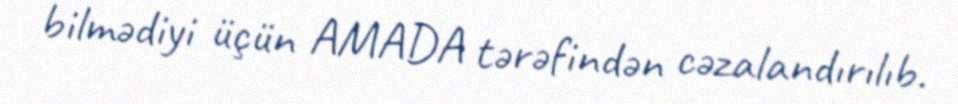
bilmədiyi üçün AMADA tərəfindən cəzalandırılıb.